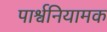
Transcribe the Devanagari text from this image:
पार्श्वनियामक